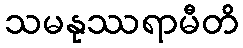
သမနုဿရာမီတိ